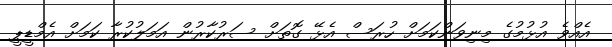
އެއްވެ އުޅުމުގެ މިނިވަންކަމަށް ހުރަސް އެޅޭ ގޮތަށް ސަރުކާރުން އަމަލުކުރާ ކަމަށް އެމްޑީޕީ